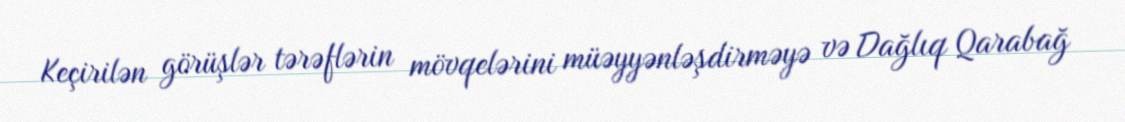
Keçirilən görüşlər tərəflərin mövqelərini müəyyənləşdirməyə və Dağlıq Qarabağ